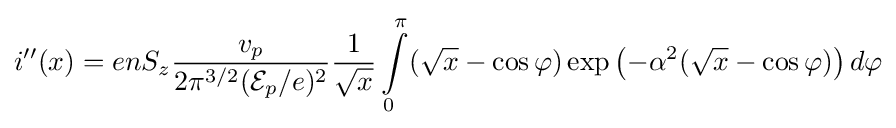
i^{\prime \prime }(x)=enS_{z}{\frac {v_{p}}{2\pi ^{3/2}({\mathcal {E}}_{p}/e)^{2}}}{\frac {1}{\sqrt {x}}}\int \limits _{0}^{\pi }({\sqrt {x}}-\cos \varphi )\exp \left(-\alpha ^{2}({\sqrt {x}}-\cos \varphi )\right)d\varphi